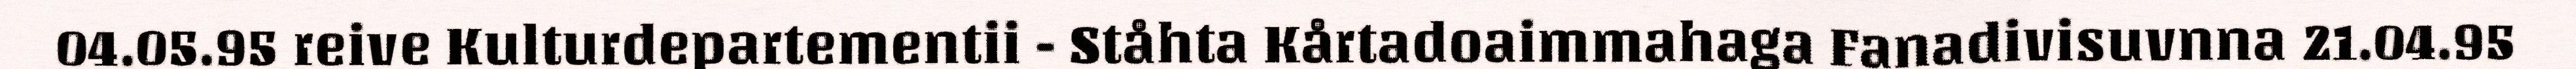
04.05.95 reive Kulturdepartementii - Ståhta Kårtadoaimmahaga Fanadivisuvnna 21.04.95